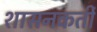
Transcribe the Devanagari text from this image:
शासनकर्ती